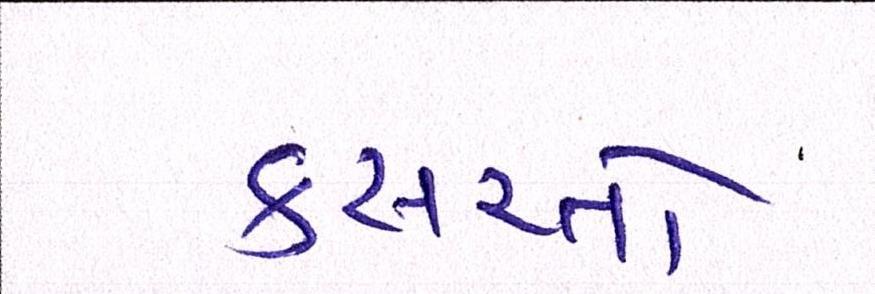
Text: કસરતો